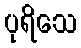
ပုရိသေ